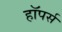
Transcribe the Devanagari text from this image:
हॉपर्स